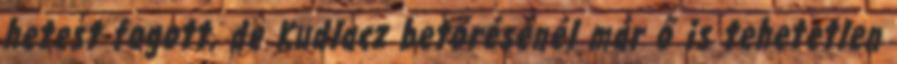
hetest fogott, de Kudlacz betörésénél már ő is tehetetlen